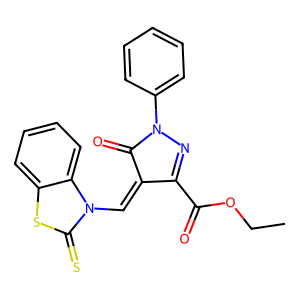
SMILES: CCOC(=O)C1=NN(c2ccccc2)C(=O)C1=Cn1c(=S)sc2ccccc21
Inhibits HIV replication: No